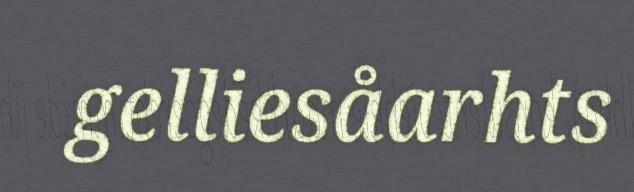
gelliesåarhts